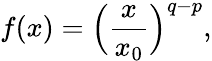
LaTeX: f(x)=\Big(\frac{x}{x_{0}}\Big)^{q-p},